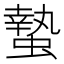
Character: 蟄